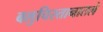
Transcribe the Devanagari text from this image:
बलुचिस्तानातले